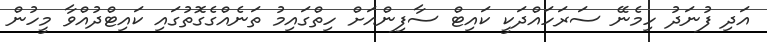
އަދި ފުނަދު ހިމެނޭ ސަރަހައްދަކީ ކައިޓް ސާފިންއަށް ހިތްގައިމު ތަނެއްގެގޮތުގައި ކައިޓްދުއްވާ މީހުން